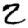
Digit: 2